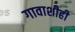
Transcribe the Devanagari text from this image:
गावाशीही